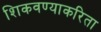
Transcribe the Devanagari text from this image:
शिकवण्याकरिता